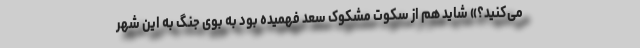
می‌کنید؟» شاید هم از سکوت مشکوک سعد فهمیده بود به بوی جنگ به این شهر